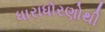
ધારાધોરણોથી